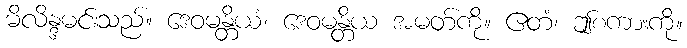
မိလိန္ဒမင်းသည်။ ဒေဝမန္တိယံ၊ ဒေဝမန္တိယ အမတ်ကို။ ဧတံ၊ ဤစကားကို။